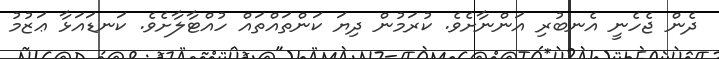
ދެން ޖެހެނީ އެނބުރި އަންނާށެވެ. ކުރަމުން ދިޔަ ކަންތައްތައް ހުއްޓާލާށެވެ. ކަނޑައަޅާ ޢަޒުމު